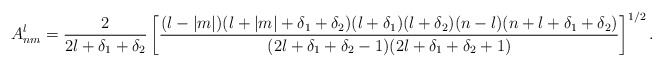
\begin{align*}A_{nm}^l = \frac{2}{2l+\delta_1+\delta_2} \left[\frac{(l-|m|)(l+|m|+\delta_1+\delta_2)(l+\delta_1)(l+\delta_2)(n-l)(n+l+\delta_1+\delta_2)}{(2l+\delta_1+\delta_2-1)(2l+\delta_1+\delta_2+1)}\right] ^{1/2}.\end{align*}